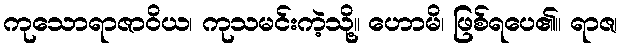
ကုသောရာဇာဝိယ၊ ကုသမင်းကဲ့သို့။ ဟောမိ၊ ဖြစ်ရပေ၏။ ရာဇ၊